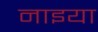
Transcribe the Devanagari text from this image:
नाइया